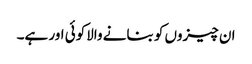
ان چیزوں کو بنانے والاکوئی اور ہے۔